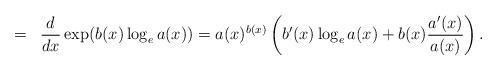
LaTeX: \begin{align*} =\;\; \frac d{dx} \exp (b(x) \log_e a(x)) =a(x)^{b(x)} \left(b'(x) \log_e a(x) + b(x) \frac{a'(x)}{a(x)} \right).\end{align*}